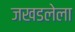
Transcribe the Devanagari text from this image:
जखडलेला